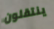
ينتقلون